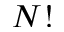
N !